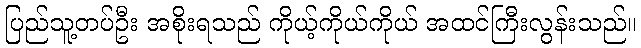
ပြည်သူ့တပ်ဦး အစိုးရသည် ကိုယ့်ကိုယ်ကိုယ် အထင်ကြီးလွန်းသည်။